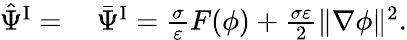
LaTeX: \begin{array}{rl}{\hat{\Psi}^{\mathrm{I}}=}&{{}~\bar{\Psi}^{\mathrm{I}}=\frac{\sigma}{\varepsilon}F(\phi)+\frac{\sigma\varepsilon}{2}\| \nabla\phi\| ^{2}.}\end{array}